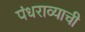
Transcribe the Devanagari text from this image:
पंधराव्याची